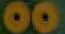
00